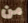
من